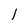
Character: l